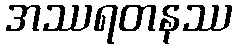
အဿရတနဿ